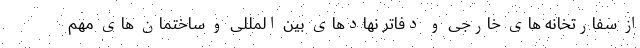
از سفارتخانه های خارجی و دفاتر نهادهای بین المللی و ساختمان های مهم